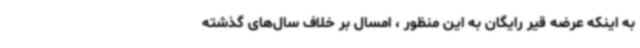
به اینکه عرضه قیر رایگان به این منظور ، امسال بر خلاف سال‌های گذشته